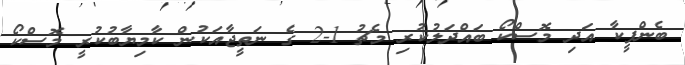
ބެންފީކާ އަދި މޮސްކޯ ބައްދަލުކުރި މެޗު 1-2 ގެ ނަތީޖާއަކުން ކާމިޔާބުކުރީ މޮސްކޯ